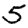
Digit: 5